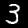
Label: 3